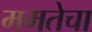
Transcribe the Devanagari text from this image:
ममतेचा